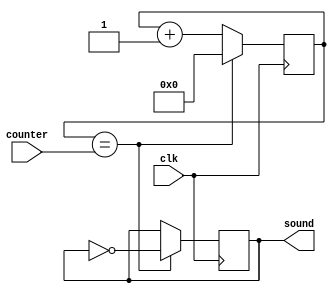
module tone_generator( clk, counter, sound );

input clk;
input [21:0] counter;
output reg sound;
wire sound_next;
wire sound_invert;

reg [21:0] num;
wire [21:0] next_num;

always@(posedge clk) begin
    if(num == counter)
    begin
        sound <= sound_invert;
        num <= 22'd0;
    end
    else
    begin
        sound <= sound_next;
        num <= next_num;
    end
end

assign next_num = num + 22'b1;
assign sound_next = sound;
assign sound_invert = ~sound;
endmodule